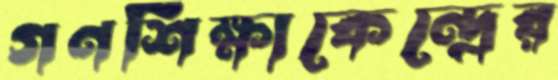
গণশিক্ষাকেন্দ্রের